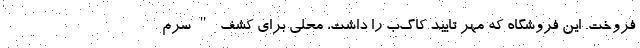
فروخت. این فروشگاه که مهر تایید کاگ‌ب را داشت، محلی برای کشف "سرم